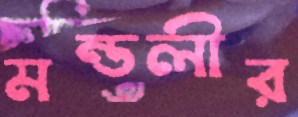
মন্ডলীর